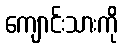
ကျောင်းသားကို